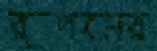
রূপনের